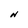
Character: N